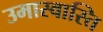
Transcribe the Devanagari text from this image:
उमास्वास्ति